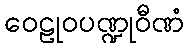
ဝေဠုဝပဏ္ဍုဝီဏံ